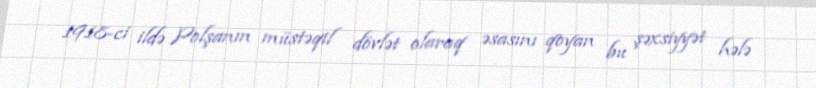
1918-ci ildə Polşanın müstəqil dövlət olaraq əsasını qoyan bu şəxsiyyət hələ